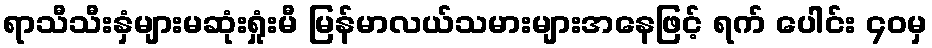
ရာသီသီးနှံများမဆုံးရှုံးမီ မြန်မာလယ်သမားများအနေဖြင့် ရက် ပေါင်း ၄၀မှ